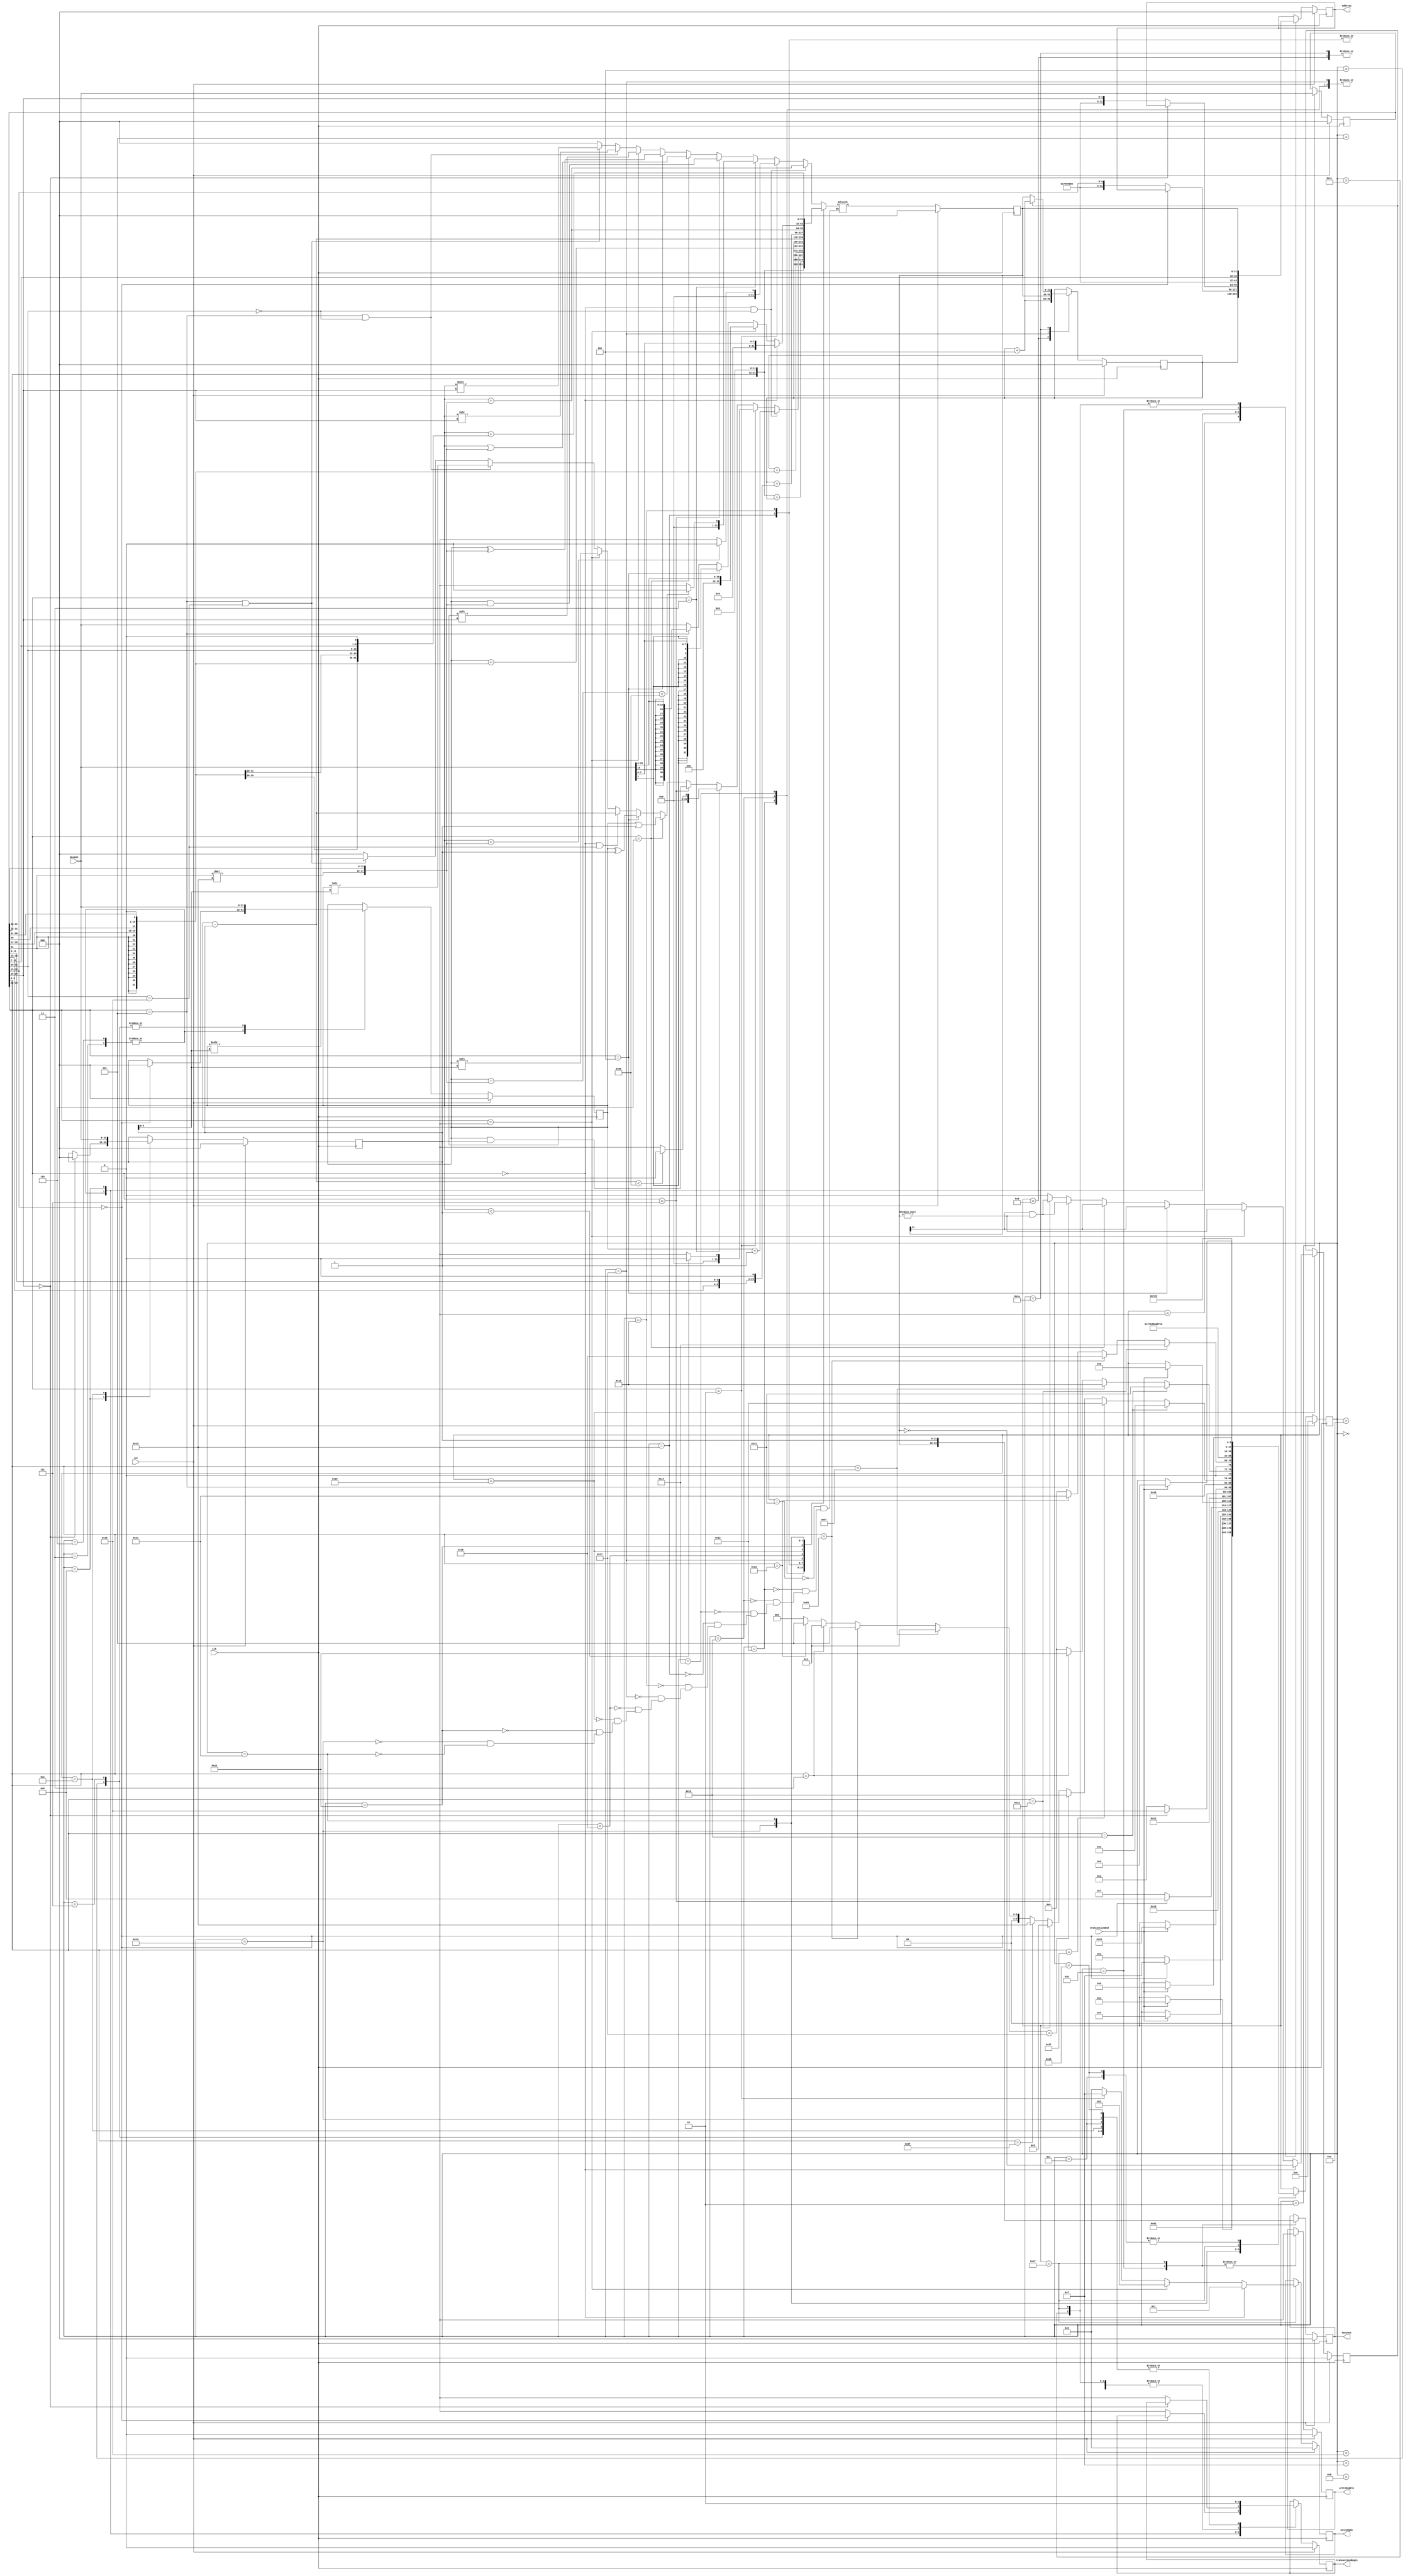
module cpu(
`ifdef USE_POWER_PINS
    inout vccd1,	// User area 1 1.8V supply
    inout vssd1,	// User area 1 digital ground
`endif

	input clk,
	input rst,
	output [31:0] address,
	input [31:0] dataIn,
	output [31:0] dataOut,
	output writeEnable,
	output [3:0] writeMask,
	output transactionBegin,
	input transactionEnd,
);

localparam registerImmediateOpcode = 19;
localparam luiOpcode = 55;
localparam auipcOpcode = 23;
localparam registerRegisterOpcode = 51;
localparam jalOpcode = 111;
localparam jalrOpcode = 103;
localparam branchOpcode = 99;
localparam loadOpcode = 3;
localparam storeOpcode = 35;
localparam addFunc3 = 0;
localparam subFunc3 = 0;
localparam sllFunc3 = 1;
localparam sltFunc3 = 2;
localparam sltuFunc3 = 3;
localparam xorFunc3 = 4;
localparam srlFunc3 = 5;
localparam sraFunc3 = 5;
localparam orFunc3 = 6;
localparam andFunc3 = 7;
localparam lwFunc3 = 2;
localparam lhFunc3 = 1;
localparam lbFunc3 = 0;
localparam lhuFunc3 = 5;
localparam lbuFunc3 = 4;
localparam swFunc3 = 2;
localparam shFunc3 = 1;
localparam sbFunc3 = 0;
localparam addFunc7 = 0;
localparam subFunc7 = 16;
localparam srlFunc7 = 0;
localparam sraFunc7 = 16;
localparam beqFunc3 = 0;
localparam bneFunc3 = 1;
localparam bltFunc3 = 4;
localparam bltuFunc3 = 6;
localparam bgeFunc3 = 5;
localparam bgeuFunc3 = 7;
localparam registerFileAddress = 27'h7000000;

reg [5:0] state;
reg [7:0] counter;
reg [31:0] programCounter;
reg [31:0] instruction;
reg [31:0] register1;
reg [31:0] register2;
reg [31:0] address;
reg [31:0] dataOut;
reg writeEnable;
reg [3:0] writeMask;
reg branchBit;
reg transactionBegin;
reg [31:0] aluOut;

reg [5:0] next_state;
reg [7:0] next_counter;
reg [31:0] next_programCounter;
reg [31:0] next_instruction;
reg [31:0] next_register1;
reg [31:0] next_register2;
reg [31:0] next_address;
reg [31:0] next_dataOut;
reg next_writeEnable;
reg [3:0] next_writeMask;
reg next_branchBit;
reg next_transactionBegin;
reg [31:0] next_aluOut;

always @(posedge clk) begin
	if(rst) begin
		state <= 0;
		counter <= 0;
		programCounter <= 0;
		instruction <= 0;
		register1 <= 0;
		register2 <= 0;
		address <= 0;
		dataOut <= 0;
		writeEnable <= 0;
		writeMask <= 0;
		branchBit <= 0;
		transactionBegin <= 0;
		aluOut <= 0;
	end
	else begin
		state <= next_state;
		counter <= next_counter;
		programCounter <= next_programCounter;
		instruction <= next_instruction;
		register1 <= next_register1;
		register2 <= next_register2;
		address <= next_address;
		dataOut <= next_dataOut;
		writeEnable <= next_writeEnable;
		writeMask <= next_writeMask;
		branchBit <= next_branchBit;
		transactionBegin <= next_transactionBegin;
		aluOut <= next_aluOut;
	end
end

wire [6:0] opcode;
wire [2:0] func3;
wire [6:0] func7;
wire [4:0] rs1;
wire [4:0] rs2;
wire [4:0] rd;
wire [31:0] immediate;
wire [4:0] shiftAmount;
wire [31:0] upperImmediate;
wire [31:0] jumpOffset;
wire [31:0] branchOffset;
wire [31:0] loadOffset;
wire [31:0] storeOffset;


// Instruction Decode
assign opcode = instruction[6:0];  /// s2.4 p18
assign func3 = instruction[14:12];  /// s2.4 p18
assign func7 = instruction[31:25];  /// s2.4 p18

assign rs1 = instruction[19:15];
assign rs2 = instruction[24:20];
assign rd = instruction[11:7];

/// Tables of Immediate Formats  f2.3 s2.3 p16, f2.4 s2.3 p17
assign immediate = { instruction[31] * 21, instruction[31:20] };  /// I-immediate  s2.4 p18
assign shiftAmount = instruction[24:20];  /// shmt  s2.4 p18
assign upperImmediate = { instruction[31:12], 12'h000 };  /// U-immediate  s2.4 p19
assign jumpOffset = { {12{instruction[31]}}, instruction[19:12], instruction[20], instruction[30:21], 1'b0 };  /// J-immediate  s2.5 p21
assign branchOffset = { {20{instruction[31]}}, instruction[7], instruction[30:25], instruction[11:8], 1'b0 };  /// B-immediate  s2.5 p22
assign loadOffset = immediate;  /// I-immediate  s2.6 p24
assign storeOffset = { {21{instruction[31]}}, instruction[30:25], instruction[11:8], instruction[7], 1'b0 };  /// S-immediate  s2.6 p24
			
localparam start = 0;
localparam instructionFetch = 1;
localparam instructionFetchWait = 2;
localparam readR1 = 3;
localparam readR1Wait = 4;
localparam readR1AndR2 = 5;
localparam readR1AndR2R1 = 6;
localparam readR1AndR2R1Wait = 7;
localparam readR1AndR2Rest = 8;
localparam readR1AndR2R2 = 9;
localparam readR1AndR2R2Wait = 10;
localparam writeBack = 11;
localparam writeBackWait = 12;
localparam advanceProgramCounter = 13;
localparam instructionDispatch = 14;
localparam instructionDispatchR1 = 15;
localparam instructionDispatchR1AndR2 = 16;
localparam registerImmediateStart = 17;
localparam loadUpperImmediateStart = 18;
localparam addUpperImmediateToPCStart = 19;
localparam registerRegisterStart = 20;
localparam jumpAndLinkStart = 21;
localparam jumpAndLinkRegisterStart = 22;
localparam jumpAndLink = 23;
localparam branchStart = 24;
localparam branchCalculateTarget = 25;
localparam branchSetProgramCounter = 26;
localparam loadStart = 27;
localparam loadMemoryAccess = 28;
localparam loadMemoryAccessWait = 29;
localparam storeStart = 30;
localparam storeMemoryAccess = 31;
localparam storeMemoryAccessWait = 32;

always @(*) begin
	next_state = state;
	next_counter = counter + 1;
	next_programCounter = programCounter;
	next_instruction = instruction;
	next_register1 = register1;
	next_register2 = register2;
	next_address = address;
	next_dataOut = dataOut;
	next_writeEnable = writeEnable;
	next_writeMask = writeMask;
	next_branchBit = branchBit;
	next_transactionBegin = transactionBegin;
			
	case(state)
		'd0 : begin // start
			next_state = instructionFetch;
		end
		'd1 : begin // instructionFetch
			next_address = programCounter;
			next_transactionBegin = 1;
			next_state = instructionFetchWait;
		end
		'd2 : begin // instructionFetchWait
			next_instruction = dataIn;
			next_transactionBegin = 0;
			if(transactionEnd == 1) begin
				next_state = instructionDispatch;
			end
		end
		'd3 : begin // readR1
			if(rs1 == 0) begin
				next_register1 = 0;
				next_state = instructionDispatchR1;
			end
			else begin
				next_address = { registerFileAddress, rs1 };
				next_transactionBegin = 1;
				next_state = readR1Wait;
			end
		end
		'd4 : begin // readR1Wait
			next_register1 = dataIn;
			next_transactionBegin = 0;
			if(transactionEnd == 1) begin
				next_state = instructionDispatchR1;
			end
		end
		'd5 : begin // readR1AndR2
			next_state = readR1AndR2R1;
		end
		'd6 : begin // readR1AndR2R1
			if(rs1 == 0) begin
				next_register1 = 0;
				next_state = readR1AndR2R2;
			end
			else begin
				next_address = { registerFileAddress, rs1 };
				next_transactionBegin = 1;
				next_state = readR1AndR2R1Wait;
			end
		end
		'd7 : begin // readR1AndR2R1Wait
			next_register1 = dataIn;
			next_transactionBegin = 0;
			if(transactionEnd == 1) begin
				next_state = readR1AndR2Rest;
			end
		end
		'd8 : begin // readR1AndR2Rest
			next_state = readR1AndR2R2;
		end
		'd9 : begin // readR1AndR2R2
			if(rs2 == 0) begin
				next_register2 = 0;
				next_state = instructionDispatchR1AndR2;
			end
			else begin
				next_address = { registerFileAddress, rs2 };
				next_transactionBegin = 1;
				next_state = readR1AndR2R2Wait;
			end
		end
		'd10 : begin // readR1AndR2R2Wait
			next_register2 = dataIn;
			next_transactionBegin = 0;
			if(transactionEnd == 1) begin
				next_state = instructionDispatchR1AndR2;
			end
		end
		'd11 : begin // writeBack
			next_address = { registerFileAddress, rd };
			next_dataOut = aluOut;
			next_writeEnable = 1;
			next_transactionBegin = 1;
			next_state = writeBackWait;
		end
		'd12 : begin // writeBackWait
			next_transactionBegin = 0;
			if(transactionEnd == 1) begin
				next_state = advanceProgramCounter;
			end
		end
		'd13 : begin // advanceProgramCounter
			next_programCounter = programCounter + 4;
			next_state = start;
		end
		'd14 : begin // instructionDispatch
			// Register Immediate Instructions
			if(opcode == registerImmediateOpcode) begin
				next_state = readR1;
			end

			// Upper Immediate Instructions
			else if(opcode == luiOpcode) begin
				next_state = loadUpperImmediateStart;
			end
			else if(opcode == auipcOpcode) begin
				next_state = addUpperImmediateToPCStart;
			end

			// Register Register Instructions
			else if(opcode == registerRegisterOpcode) begin
				next_state = readR1AndR2;
			end

			// Unconditional Jump Instructions
			else if(opcode == jalOpcode) begin
				next_state = jumpAndLinkStart;
			end
			else if(opcode == jalrOpcode) begin
				next_state = readR1;
			end

			// Conditional Branch Instructions
			else if(opcode == branchOpcode) begin
				next_state = readR1AndR2;
			end

			// Load Instructions
			else if(opcode == loadOpcode) begin
				next_state = readR1;
			end

			// Store Instructions
			else if(opcode == storeOpcode) begin
				next_state = readR1AndR2;
			end

			else begin
				next_state = start;
			end
		end
		'd15 : begin // instructionDispatchR1
			// Register Immediate Instructions
			if(opcode == registerImmediateOpcode) begin
				next_state = registerImmediateStart;
			end

			// Unconditional Jump Instructions
			else if(opcode == jalrOpcode) begin
				next_state = jumpAndLinkRegisterStart;
			end

			// Load Instructions
			else if(opcode == loadOpcode) begin
				next_state = loadStart;
			end

			else begin
				next_state = start;
			end
		end
		'd16 : begin // instructionDispatchR1AndR2
			// Register Register Instructions
			if(opcode == registerRegisterOpcode) begin
				next_state = registerRegisterStart;
			end

			// Conditional Branch Instructions
			else if(opcode == branchOpcode) begin
				next_state = branchStart;
			end

			// Store Instructions
			else if(opcode == storeOpcode) begin
				next_state = storeStart;
			end

			else begin
				next_state = start;
			end
		end
		'd17 : begin // registerImmediateStart
			if(func3 == addFunc3 && func7 == addFunc7) begin
				next_aluOut = register1 + immediate;
			end
			else if(func3 == sltFunc3) begin
				next_aluOut = register1 < immediate ? 0 : 1;
			end
			else if(func3 == sltuFunc3) begin
				next_aluOut = register1 - immediate < 128 ? 0 : 1;
			end
			else if(func3 == andFunc3) begin
				next_aluOut = register1 & immediate;
			end
			else if(func3 == orFunc3) begin
				next_aluOut = register1 | immediate;
			end
			else if(func3 == xorFunc3) begin
				next_aluOut = register1 ^ immediate;
			end
			//else if(func3 == subFunc3 && func7 == subFunc7) begin
			//	next_aluOut = register1 - immediate;
			//end
			else if(func3 == sllFunc3) begin
				next_aluOut = register1 << shiftAmount;
			end
			else if(func3 == srlFunc3 && func7 == srlFunc7) begin
				next_aluOut = register1 >> shiftAmount;
			end
			else if(func3 == sraFunc3 && func7 == sraFunc7) begin
				next_aluOut = register1 >>> shiftAmount;
			end
			else begin
				next_aluOut = 0;
			end

			next_state = writeBack;
		end
		'd18 : begin // loadUpperImmediateStart
			next_aluOut = upperImmediate;
			next_state = writeBack;
		end
		'd19 : begin // addUpperImmediateToPCStart
			next_aluOut = upperImmediate + programCounter;
			next_state = writeBack;
		end
		'd20 : begin // registerRegisterStart
			if(func3 == addFunc3 && func7 == addFunc7) begin
				next_aluOut = register1 + register2;
			end
			else if(func3 == sltFunc3) begin
				next_aluOut = register1 < register2 ? 0 : 1;
			end
			else if(func3 == sltuFunc3) begin
				next_aluOut = register1 - register2 < 128 ? 0 : 1;
			end
			else if(func3 == andFunc3) begin
				next_aluOut = register1 & register2;
			end
			else if(func3 == orFunc3) begin
				next_aluOut = register1 | register2;
			end
			else if(func3 == xorFunc3) begin
				next_aluOut = register1 ^ register2;
			end
			else if(func3 == subFunc3 && func7 == subFunc7) begin
				next_aluOut = register1 - register2;
			end
			else if(func3 == sllFunc3) begin
				next_aluOut = register1 << register2[4:0];
			end
			else if(func3 == srlFunc3 && func7 == srlFunc7) begin
				next_aluOut = register1 >> register2[4:0];
			end
			else if(func3 == sraFunc3 && func7 == sraFunc7) begin
				next_aluOut = register1 >>> register2[4:0];
			end
			else begin
				next_aluOut = 0;
			end

			next_state = writeBack;
		end
		'd21 : begin // jumpAndLinkStart
			next_aluOut = programCounter + jumpOffset;
			next_state = jumpAndLink;
		end
		'd22 : begin // jumpAndLinkRegisterStart
			next_aluOut = register1 + jumpOffset;
			next_state = jumpAndLink;
		end
		'd23 : begin // jumpAndLink
			next_programCounter = aluOut;
			next_aluOut = programCounter;
			next_state = writeBack;
		end
		'd24 : begin // branchStart
			next_aluOut = register1 - register2;
			next_state = branchCalculateTarget;
		end
		'd25 : begin // branchCalculateTarget
			if(func3 == beqFunc3) begin
				next_branchBit = (aluOut == 0);
			end
			else if(func3 == bneFunc3) begin
				next_branchBit = (aluOut != 0);
			end
			else if(func3 == bltFunc3) begin
				next_branchBit = aluOut[31];
			end
			else if(func3 == bltuFunc3) begin
				next_branchBit = aluOut[31]; // TODO - unsigned
			end
			else if(func3 == bgeFunc3) begin
				next_branchBit = aluOut[31] && (aluOut != 0);
			end
			else if(func3 == bgeuFunc3) begin
				next_branchBit = aluOut[31] && (aluOut != 0);  // TODO - unsigned
			end
			else begin
				next_branchBit = 0;
			end

			next_aluOut = programCounter + branchOffset;
			next_state = branchSetProgramCounter;
		end
		'd26 : begin // branchSetProgramCounter
			next_programCounter = branchBit ? programCounter + 4 : aluOut;
			next_state = start;
		end
		'd27 : begin // loadStart
			next_aluOut = register1 + loadOffset;
			next_state = loadMemoryAccess;
		end
		'd28 : begin // loadMemoryAccess
			next_address = aluOut;
			next_transactionBegin = 1;
			next_state = loadMemoryAccessWait;
		end
		'd29 : begin // loadMemoryAccessWait
			if(func3 == lbFunc3) begin
				next_aluOut = { 24'h000000, dataIn[7:0] };
			end
			else if(func3 == lhFunc3) begin
				next_aluOut = { 16'h0000, dataIn[15:0] };
			end
			else if(func3 == lbuFunc3) begin
				next_aluOut = { {24{dataIn[7]}}, dataIn[7:0] };
			end
			else if(func3 == lhuFunc3) begin
				next_aluOut = { {16{dataIn[15]}}, dataIn[15:0] };
			end
			else if(func3 == lwFunc3) begin
				next_aluOut = dataIn;
			end
			else begin
				next_aluOut = dataIn;
			end

			next_transactionBegin = 0;
			if(transactionEnd == 1) begin
				next_state = writeBack;
			end
		end
		'd30 : begin // storeStart
			next_aluOut = register1 + storeOffset;
			next_state = storeMemoryAccess;
		end
		'd31 : begin // storeMemoryAccess
			next_address = aluOut;
			next_dataOut = register2;
			next_writeEnable = 1;
			if(func3 == sbFunc3) begin
				next_writeMask = 1;
			end
			else if(func3 == shFunc3) begin
				next_writeMask = 3;
			end
			else if(func3 == swFunc3) begin
				next_writeMask = 15;
			end
			else begin
				next_writeMask = 0;
			end
			next_transactionBegin = 1;
			next_state = storeMemoryAccessWait;
		end
		'd32 : begin // storeMemoryAccessWait
			next_transactionBegin = 0;
			if(transactionEnd == 1) begin
				next_state = advanceProgramCounter;
			end
		end
	endcase
end

endmodule